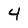
Character: 4